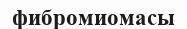
фибромиомасы